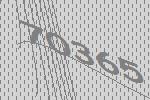
70365